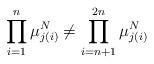
LaTeX: \begin{align*}\prod_{i=1}^n \mu_{j(i)}^N \neq \prod_{i=n+1}^{2n} \mu_{j(i)}^N\end{align*}